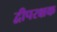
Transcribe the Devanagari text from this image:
द्वीपरक्षक